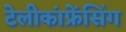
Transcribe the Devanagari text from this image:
टेलीकांफ्रेंसिंग